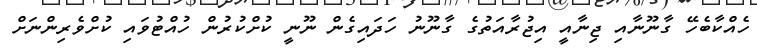
ހެއްކާބެހޭ ގާނޫނާއި ޖިނާއީ އިޖުރާއަތުގެ ގާނޫނު ހަދައިގެން ނޫނީ ކުށްކުރުން ހުއްޓުވައި ކުށްވެރިންނަށް